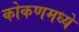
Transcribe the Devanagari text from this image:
कोकणमध्ये